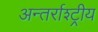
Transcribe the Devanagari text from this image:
अन्तर्राश्ट्रीय